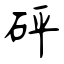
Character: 砰